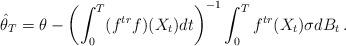
LaTeX: \begin{align*} \hat\theta_T = \theta - \left(\int_0^T (f^{tr}f)(X_t) dt\right)^{-1} \int_0^T f^{tr}(X_t) \sigma dB _t \,.\end{align*}